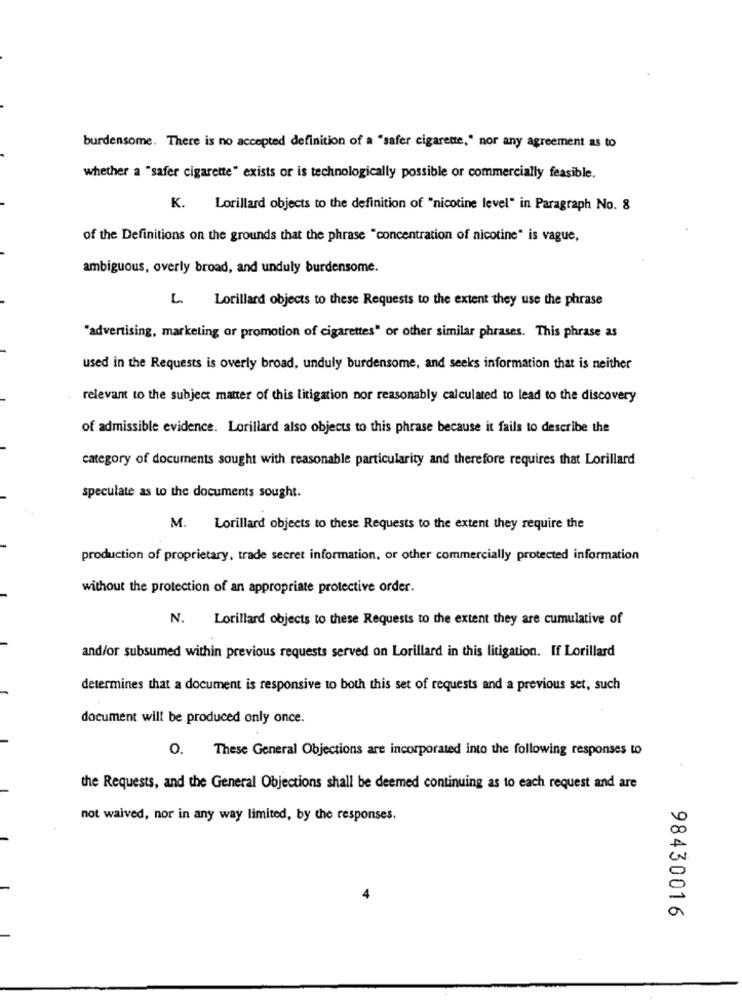
burdensome. There is no accepted definition of a "safer cigarette," nor any agreement as to
whether a "safer cigarette" exists or is technologically possible or commercially feasible.
K.
Lorillard objects to the definition of "nicotine level" in Paragraph No. 8
of the Definitions on the grounds that the phrase "concentration of nicotine" is vague,
ambiguous, overly broad, and unduly burdensome.
L. Lorillard objects to these Requests to the extent they use the phrase
"advertising, marketing or promotion of cigarettes" or other similar phrases. This phrase as
used in the Requests is overly broad, unduly burdensome, and seeks information that is neither
relevant to the subject matter of this litigation nor reasonably calculated to lead to the discovery
of admissible evidence. Lorillard also objects to this phrase because it fails to describe the
category of documents sought with reasonable particularity and therefore requires that Lorillard
speculate as to the documents sought.
M.
Lorillard objects to these Requests to the extent they require the
production of proprietary, trade secret information, or other commercially protected information
without the protection of an appropriate protective order.
N.
Lorillard objects to these Requests to the extent they are cumulative of
and/or subsumed within previous requests served on Lorillard in this litigation. If Lorillard
determines that a document is responsive to both this set of requests and a previous set, such
document will be produced only once.
0.
These General Objections are incorporated into the following responses to
the Requests, and the General Objections shall be deemed continuing as to each request and are
not waived, nor in any way limited, by the responses.
98430016